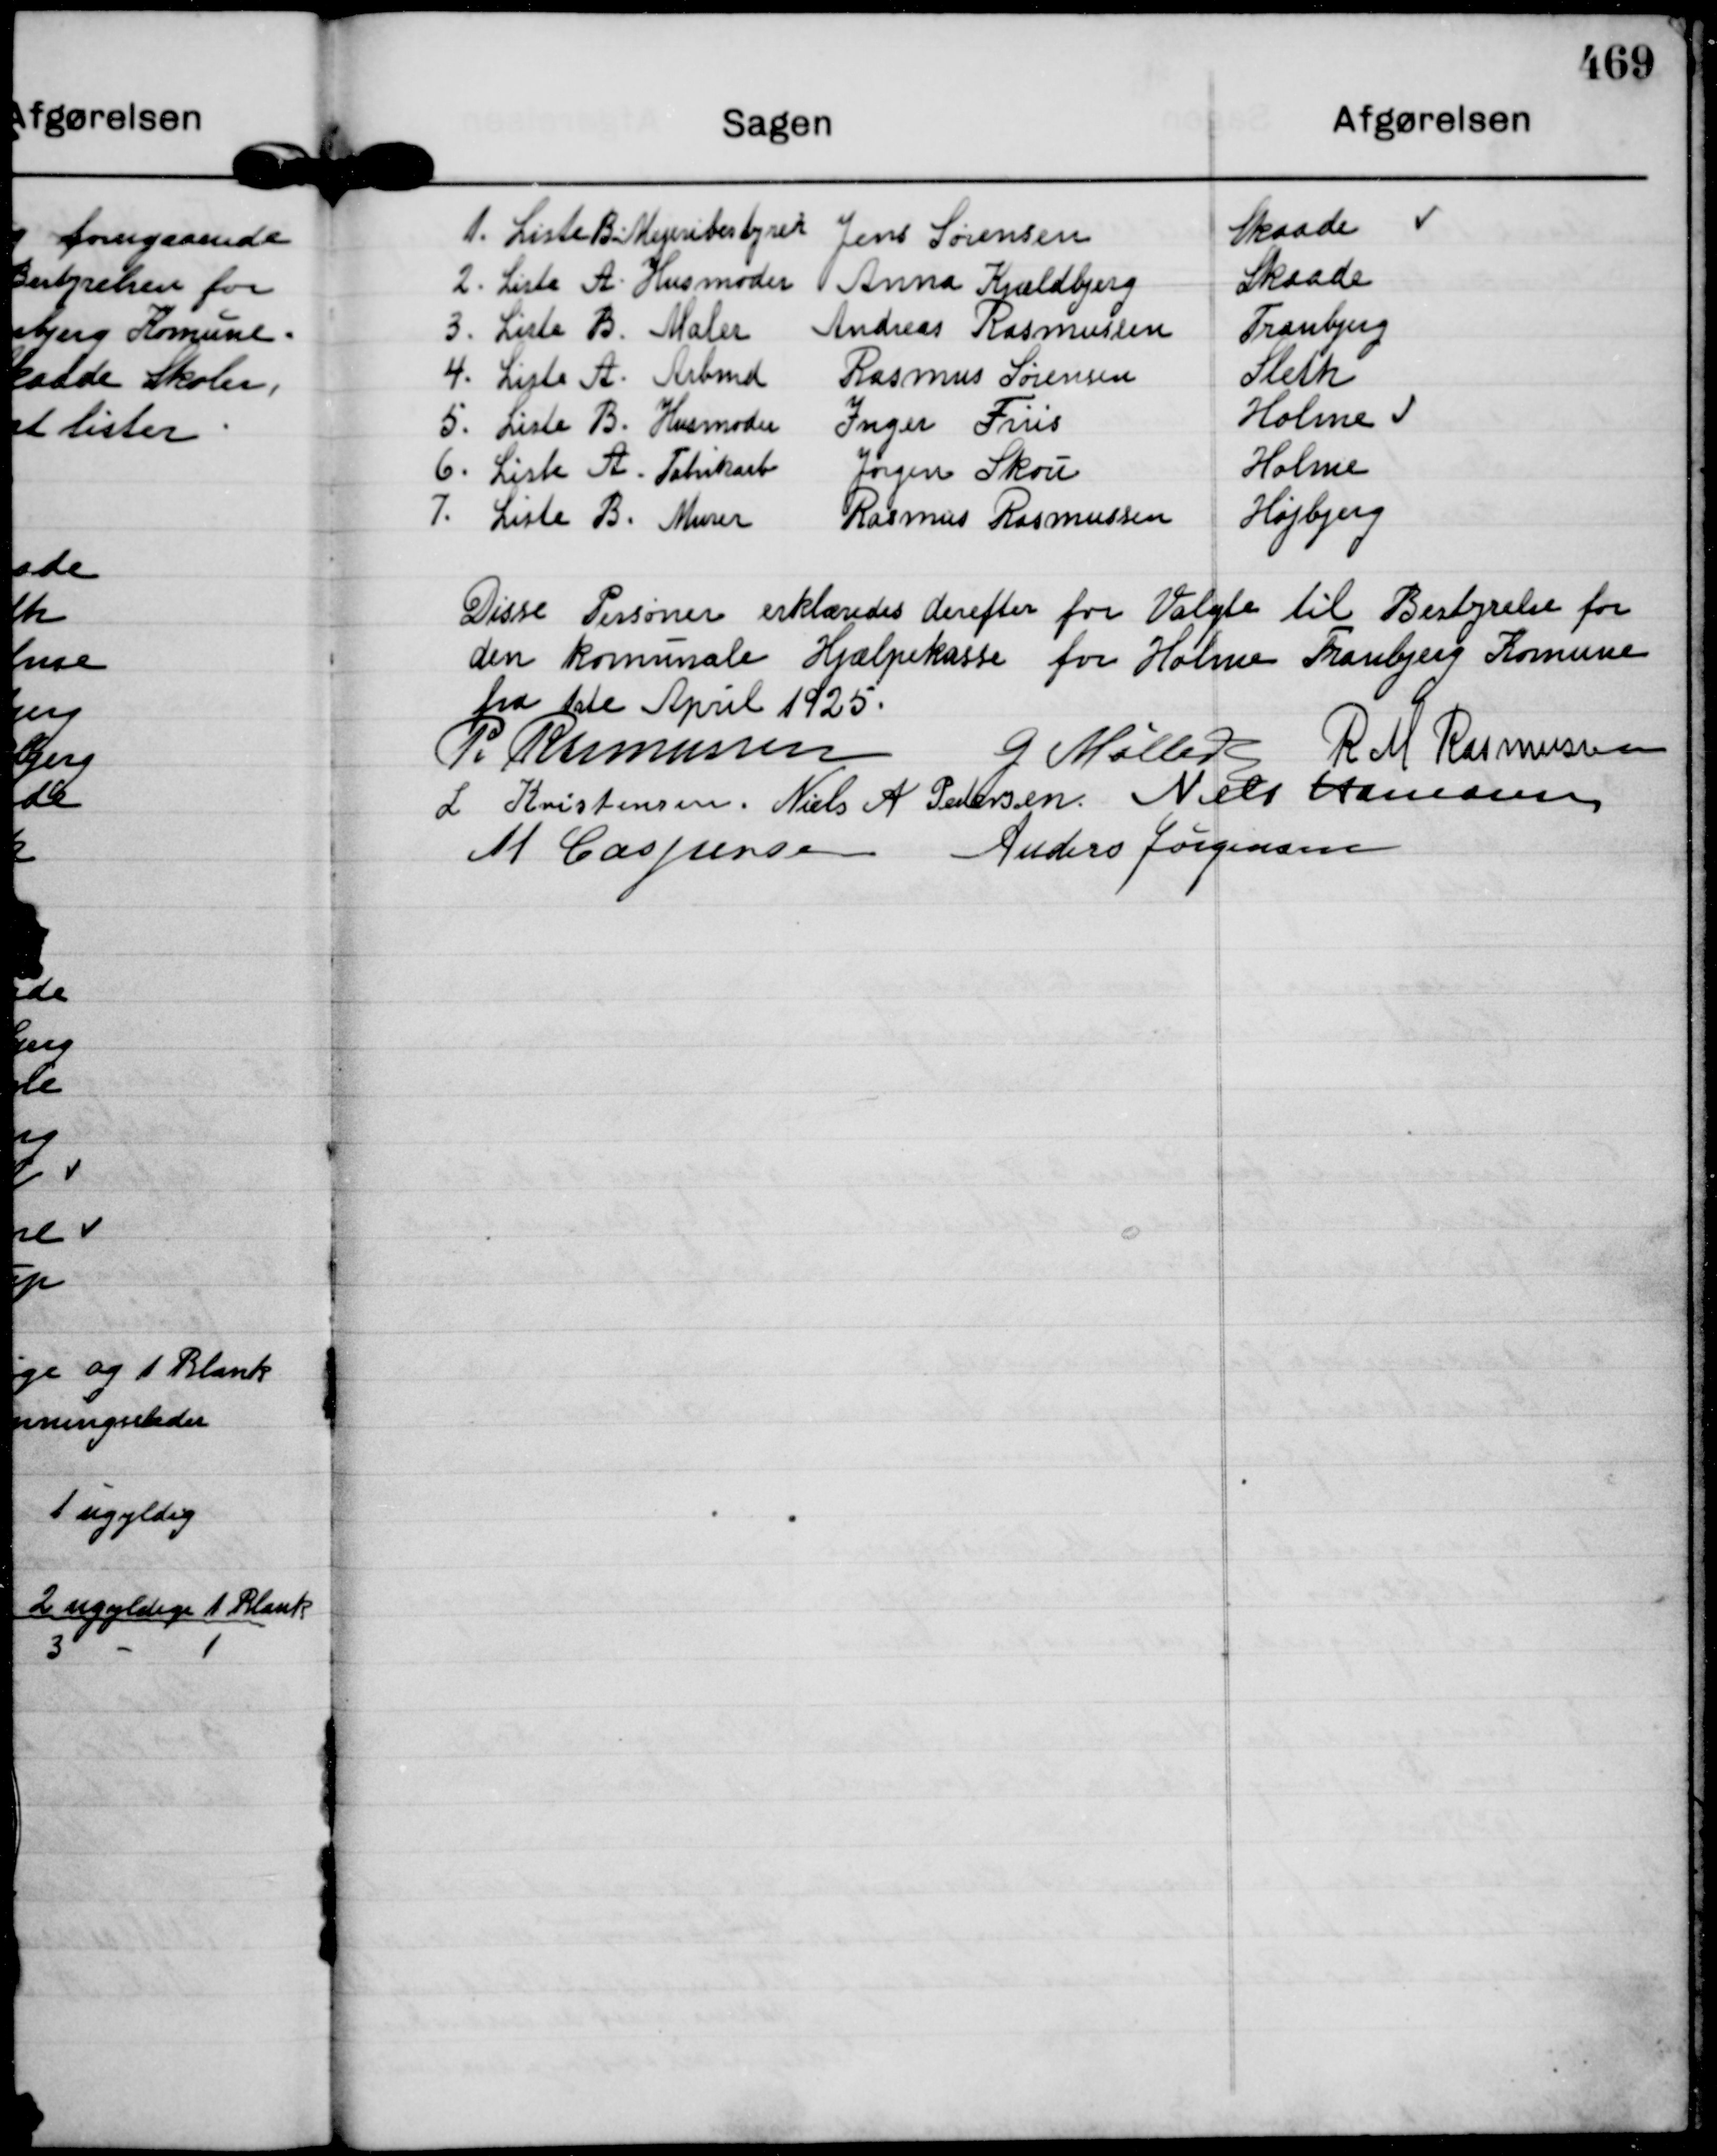
Transskription:
1. Liste B. Mejeribestyrer Jens Sørensen
Skaade
2. Liste A. Husmoder Anna Kjældbjerg
Skaade
3. Liste B. Maler Andreas Rasmussen
Tranbjerg
4. Liste A. Arbmd Rasmus Sørensen
Sleth
5. Liste B. Husmoder Inger Friis
Holme
6. Liste A. Fabrikarb Jørgen Skou
Holme
7. Liste B. Murer Rasmus Rasmussen
Højbjerg

Disse Personer erklæredes derefter for Valgte til Bestyrelse for
den komunale Hjælpekasse for Holme Tranbjerg Komune
fra 1ste April 1925.

P. Rasmussen
G Møller
R M Rasmussen
L Kristensen.
Niels A Pedersen.
Niels Hamann
M Caspersen
Anders Jørgensen